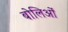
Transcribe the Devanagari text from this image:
बोलिओं